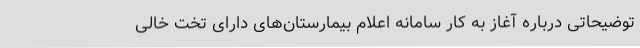
توضیحاتی درباره آغاز به کار سامانه اعلام بیمارستان‌های دارای تخت خالی